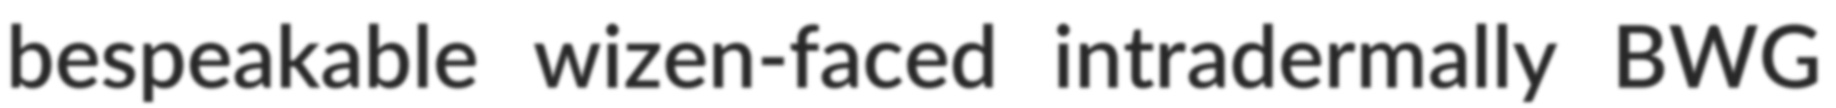
bespeakable wizen-faced intradermally BWG